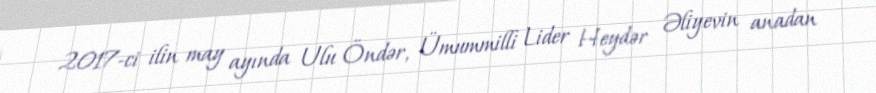
2017-ci ilin may ayında Ulu Öndər, Ümummilli Lider Heydər Əliyevin anadan